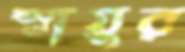
স্নায়ুর